Regulations for the medical services of the Army of India
Year: 1930
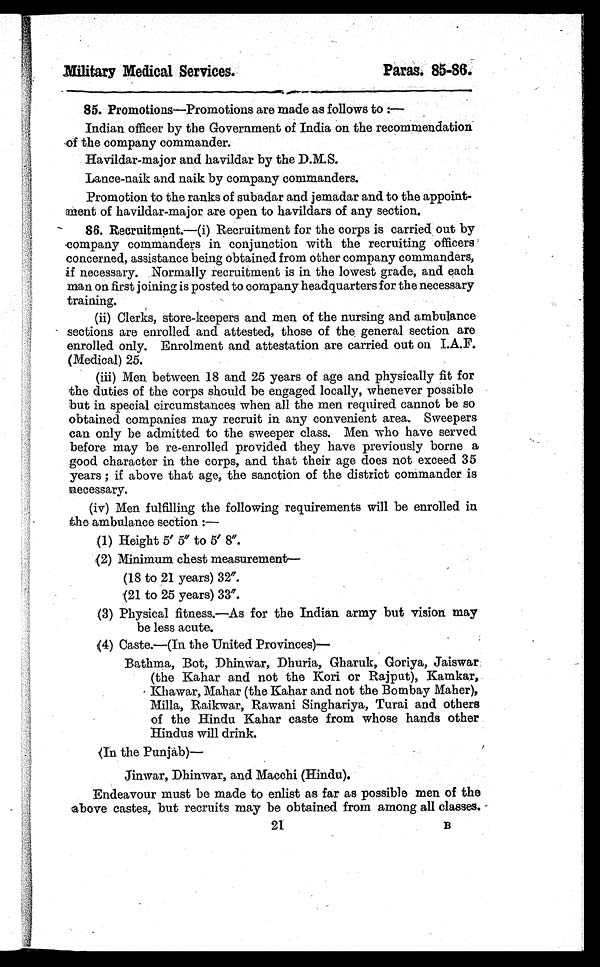
Military Medical Services.
Paras. 85-86.
85. Promotions—Promotions are made as follows to :
—
Indian officer by the Government of India on the recommendation
of the company commander.
Havildar-major and havildar by the D.M.S.
Lance-naik and naik by company commanders.
Promotion to the ranks of subadar and jemadar and to the appoint-
ment of havildar-major are open to havildars of any section.
86. Recruitment.— (i) Recruitment for the corps is carried out by
company commanders in conjunction with the recruiting officers
concerned, assistance being obtained from other company commanders,
if necessary. Normally recruitment is in the lowest grade, and each
man on first joining is posted to company headquarters for the necessary
training.
(ii) Clerks, store-keepers and men of the nursing and ambulance
sections are enrolled and attested, those of the general section are
enrolled only. Enrolment and attestation are carried out on I.A.F.
(Medical) 25.
(iii) Men between 18 and 25 years of age and physically fit for
the duties of the corps should be engaged locally, whenever possible
but in special circumstances when all the men required cannot be so
obtained companies may recruit in any convenient area. Sweepers
can only be admitted to the sweeper class. Men who have served
before may be re-enrolled provided they have previously borne a
good character in the corps, and that their age does not exceed 35
years ; if above that age, the sanction of the district commander is
necessary.
(iv) Men fulfilling the following requirements will be enrolled in
the ambulance section :
—
(1) Height 5' 5" to 5' 8".
(2) Minimum chest measurement—
(18 to 21 years) 32".
(21 to 25 years) 33".
(3) Physical fitness.—As for the Indian army but vision may
be less acute.
(4) Caste.—(In the United Provinces)—
Bathma, Bot, Dhinwar, Dhuria, Gharuk, Goriya, Jaiswar
(the Kahar and not the Kori or Rajput), Kamkar,
Khawar, Mahar (the Kahar and not the Bombay Maher),
Milla, Raikwar, Rawani Singhariya, Turai and others
of the Hindu Kahar caste from whose hands other
Hindus will drink.
(In the Punjab)—
Jinwar, Dhinwar, and Macchi (Hindu).
Endeavour must be made to enlist as far as possible men of the
above castes, but recruits may be obtained from among all classes.
21B